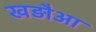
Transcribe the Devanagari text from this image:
खड़ौआ